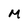
Character: M